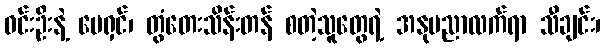
ဝင်းဦးနဲ့ မေရှင်၊ တွံတေးသိန်းတန် စတဲ့သူတွေရဲ့ အနုပညာလက်ရာ သီချင်း၊